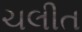
ચલીત